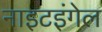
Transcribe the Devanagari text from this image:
नाइटइंगेल